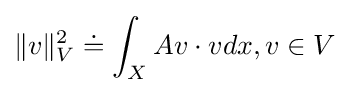
\|v\|_{V}^{2}\doteq \int _{X}Av\cdot vdx,v\in V